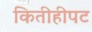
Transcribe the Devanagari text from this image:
कितीहीपट